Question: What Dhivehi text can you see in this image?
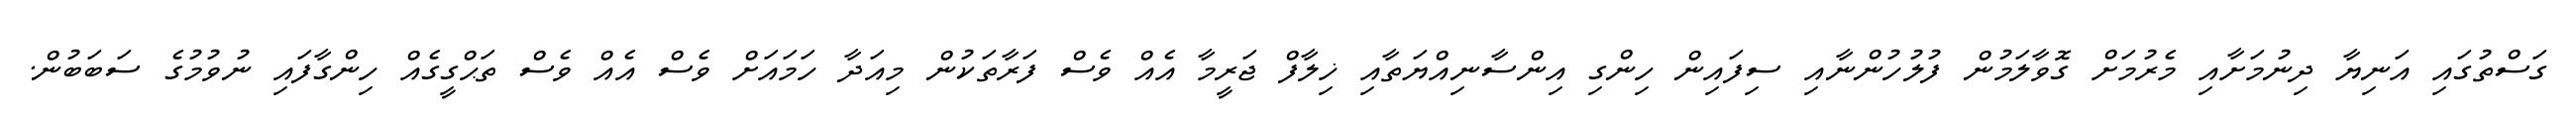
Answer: ގަސްތުގައި އަނިޔާ ދިނުމަށާއި މެރުމަށް ގޮވާލަމުން ފުލުހުންނާއި ސިފައިން ހިންގި އިންސާނިއްޔަތާއި ޚިލާފް ޖަރީމާ އެއް ވެސް ފަރާތަކުން މިއަދާ ހަމައަށް ވެސް އެއް ވެސް ތަޙްގީގެއް ހިންގާފައި ނުވުމުގެ ސަބަބުން.